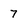
Character: 7